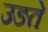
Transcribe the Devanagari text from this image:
उङते